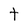
Character: t